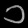
Digit: ၁